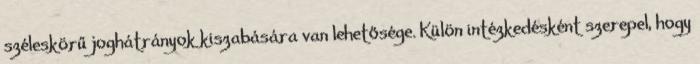
széleskörű joghátrányok kiszabására van lehetősége. Külön intézkedésként szerepel, hogy